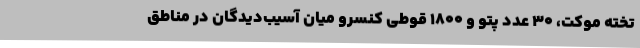
تخته موکت، ۳۰ عدد پتو و ۱۸۰۰ قوطی کنسرو میان آسیب‌دیدگان در مناطق